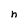
Character: h